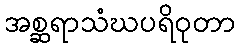
အစ္ဆရာသံဃပရိဝုတာ